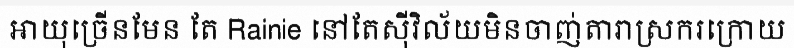
អាយុច្រើនមែន តែ Rainie នៅតែស៊ីវិល័យមិនចាញ់តារាស្រករក្រោយ